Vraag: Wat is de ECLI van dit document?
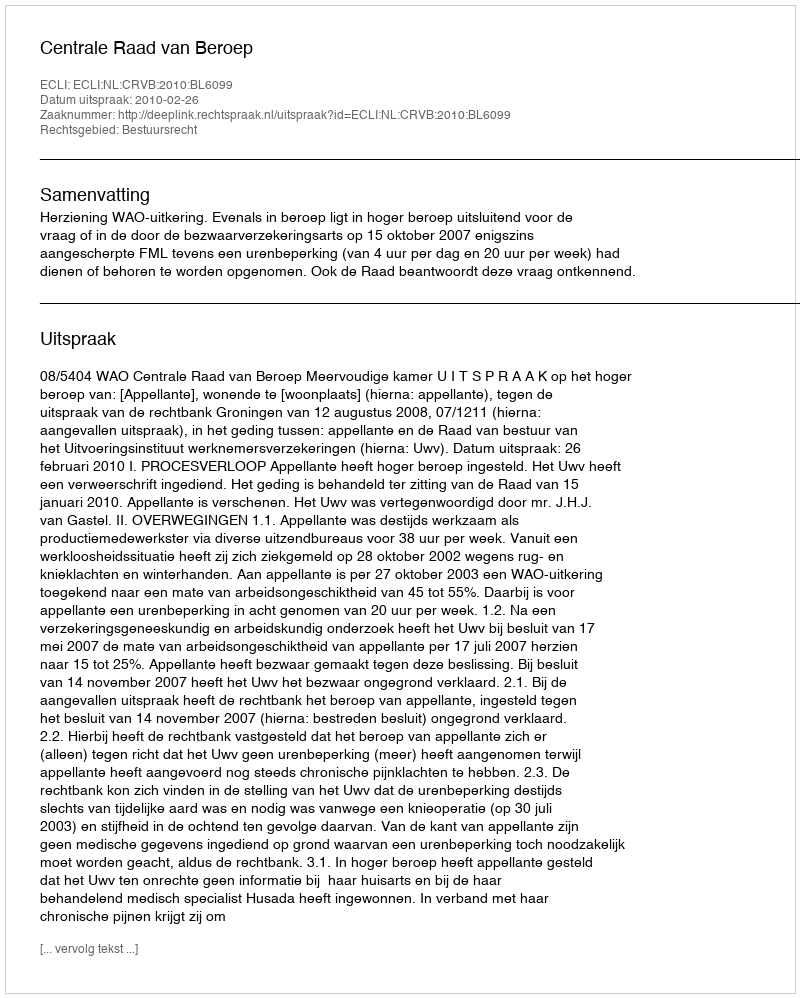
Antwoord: ECLI:NL:CRVB:2010:BL6099